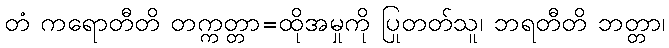
တံ ကရောတီတိ တက္ကတ္တာ=ထိုအမှုကို ပြုတတ်သူ၊ ဘရတီတိ ဘတ္တာ၊